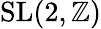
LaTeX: \mathrm{SL}(2,\mathbb{Z})